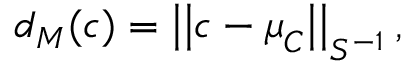
d _ { M } ( \boldsymbol { c } ) = \left| \left| \boldsymbol { c } - \boldsymbol { \mu } _ { C } \right| \right| _ { S ^ { - 1 } } ,